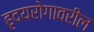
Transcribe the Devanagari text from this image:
हृदयरोगावरील